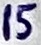
Text: 15